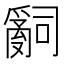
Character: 𤔲